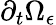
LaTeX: \partial_{t}\Omega_{\epsilon}